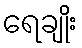
ရေချိုး